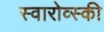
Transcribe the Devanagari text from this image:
स्वारोव्स्की